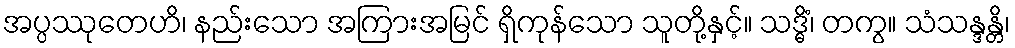
အပ္ပဿုတေဟိ၊ နည်းသော အကြားအမြင် ရှိကုန်သော သူတို့နှင့်။ သဒ္ဓိံ၊ တကွ။ သံသန္ဒန္တိ၊